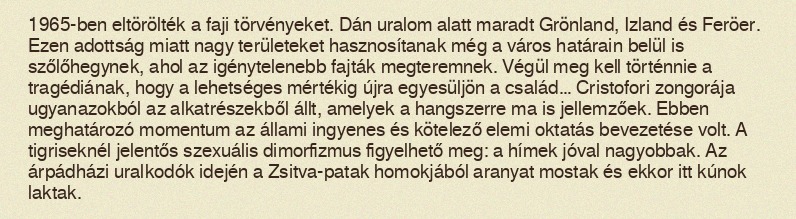
1965-ben eltörölték a faji törvényeket. Dán uralom alatt maradt Grönland, Izland és Feröer. Ezen adottság miatt nagy területeket hasznosítanak még a város határain belül is szőlőhegynek, ahol az igénytelenebb fajták megteremnek. Végül meg kell történnie a tragédiának, hogy a lehetséges mértékig újra egyesüljön a család… Cristofori zongorája ugyanazokból az alkatrészekből állt, amelyek a hangszerre ma is jellemzőek. Ebben meghatározó momentum az állami ingyenes és kötelező elemi oktatás bevezetése volt. A tigriseknél jelentős szexuális dimorfizmus figyelhető meg: a hímek jóval nagyobbak. Az árpádházi uralkodók idején a Zsitva-patak homokjából aranyat mostak és ekkor itt kúnok laktak.